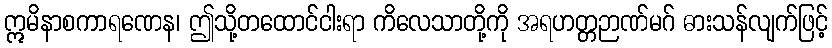
ဣမိနာစကာရဏေန၊ ဤသို့တထောင်ငါးရာ ကိလေသာတို့ကို အရဟတ္တဉာဏ်မဂ် ဓားသန်လျက်ဖြင့်